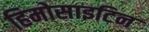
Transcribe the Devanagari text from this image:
हिमोसाइटिन